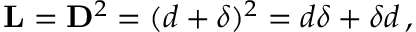
\begin{array} { r } { \mathbf { L } = \mathbf { D } ^ { 2 } = ( \boldsymbol { d } + \boldsymbol { \delta } ) ^ { 2 } = \boldsymbol { d } \boldsymbol { \delta } + \boldsymbol { \delta } \boldsymbol { d } \, , } \end{array}